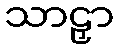
သာဠှာ